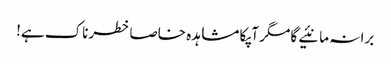
برا نہ مانئیے گا مگر آپکا مشاہدہ خاصا خطرناک ہے!